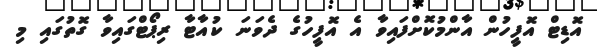
އޮޑިޓް އޮފީހުން އާންމުކޮށްފައިވާ އެ އޮފީހުގެ ދެވަނަ ކުއާޓާ ރިޕޯޓްގައިވާ ގޮތުގައި މި